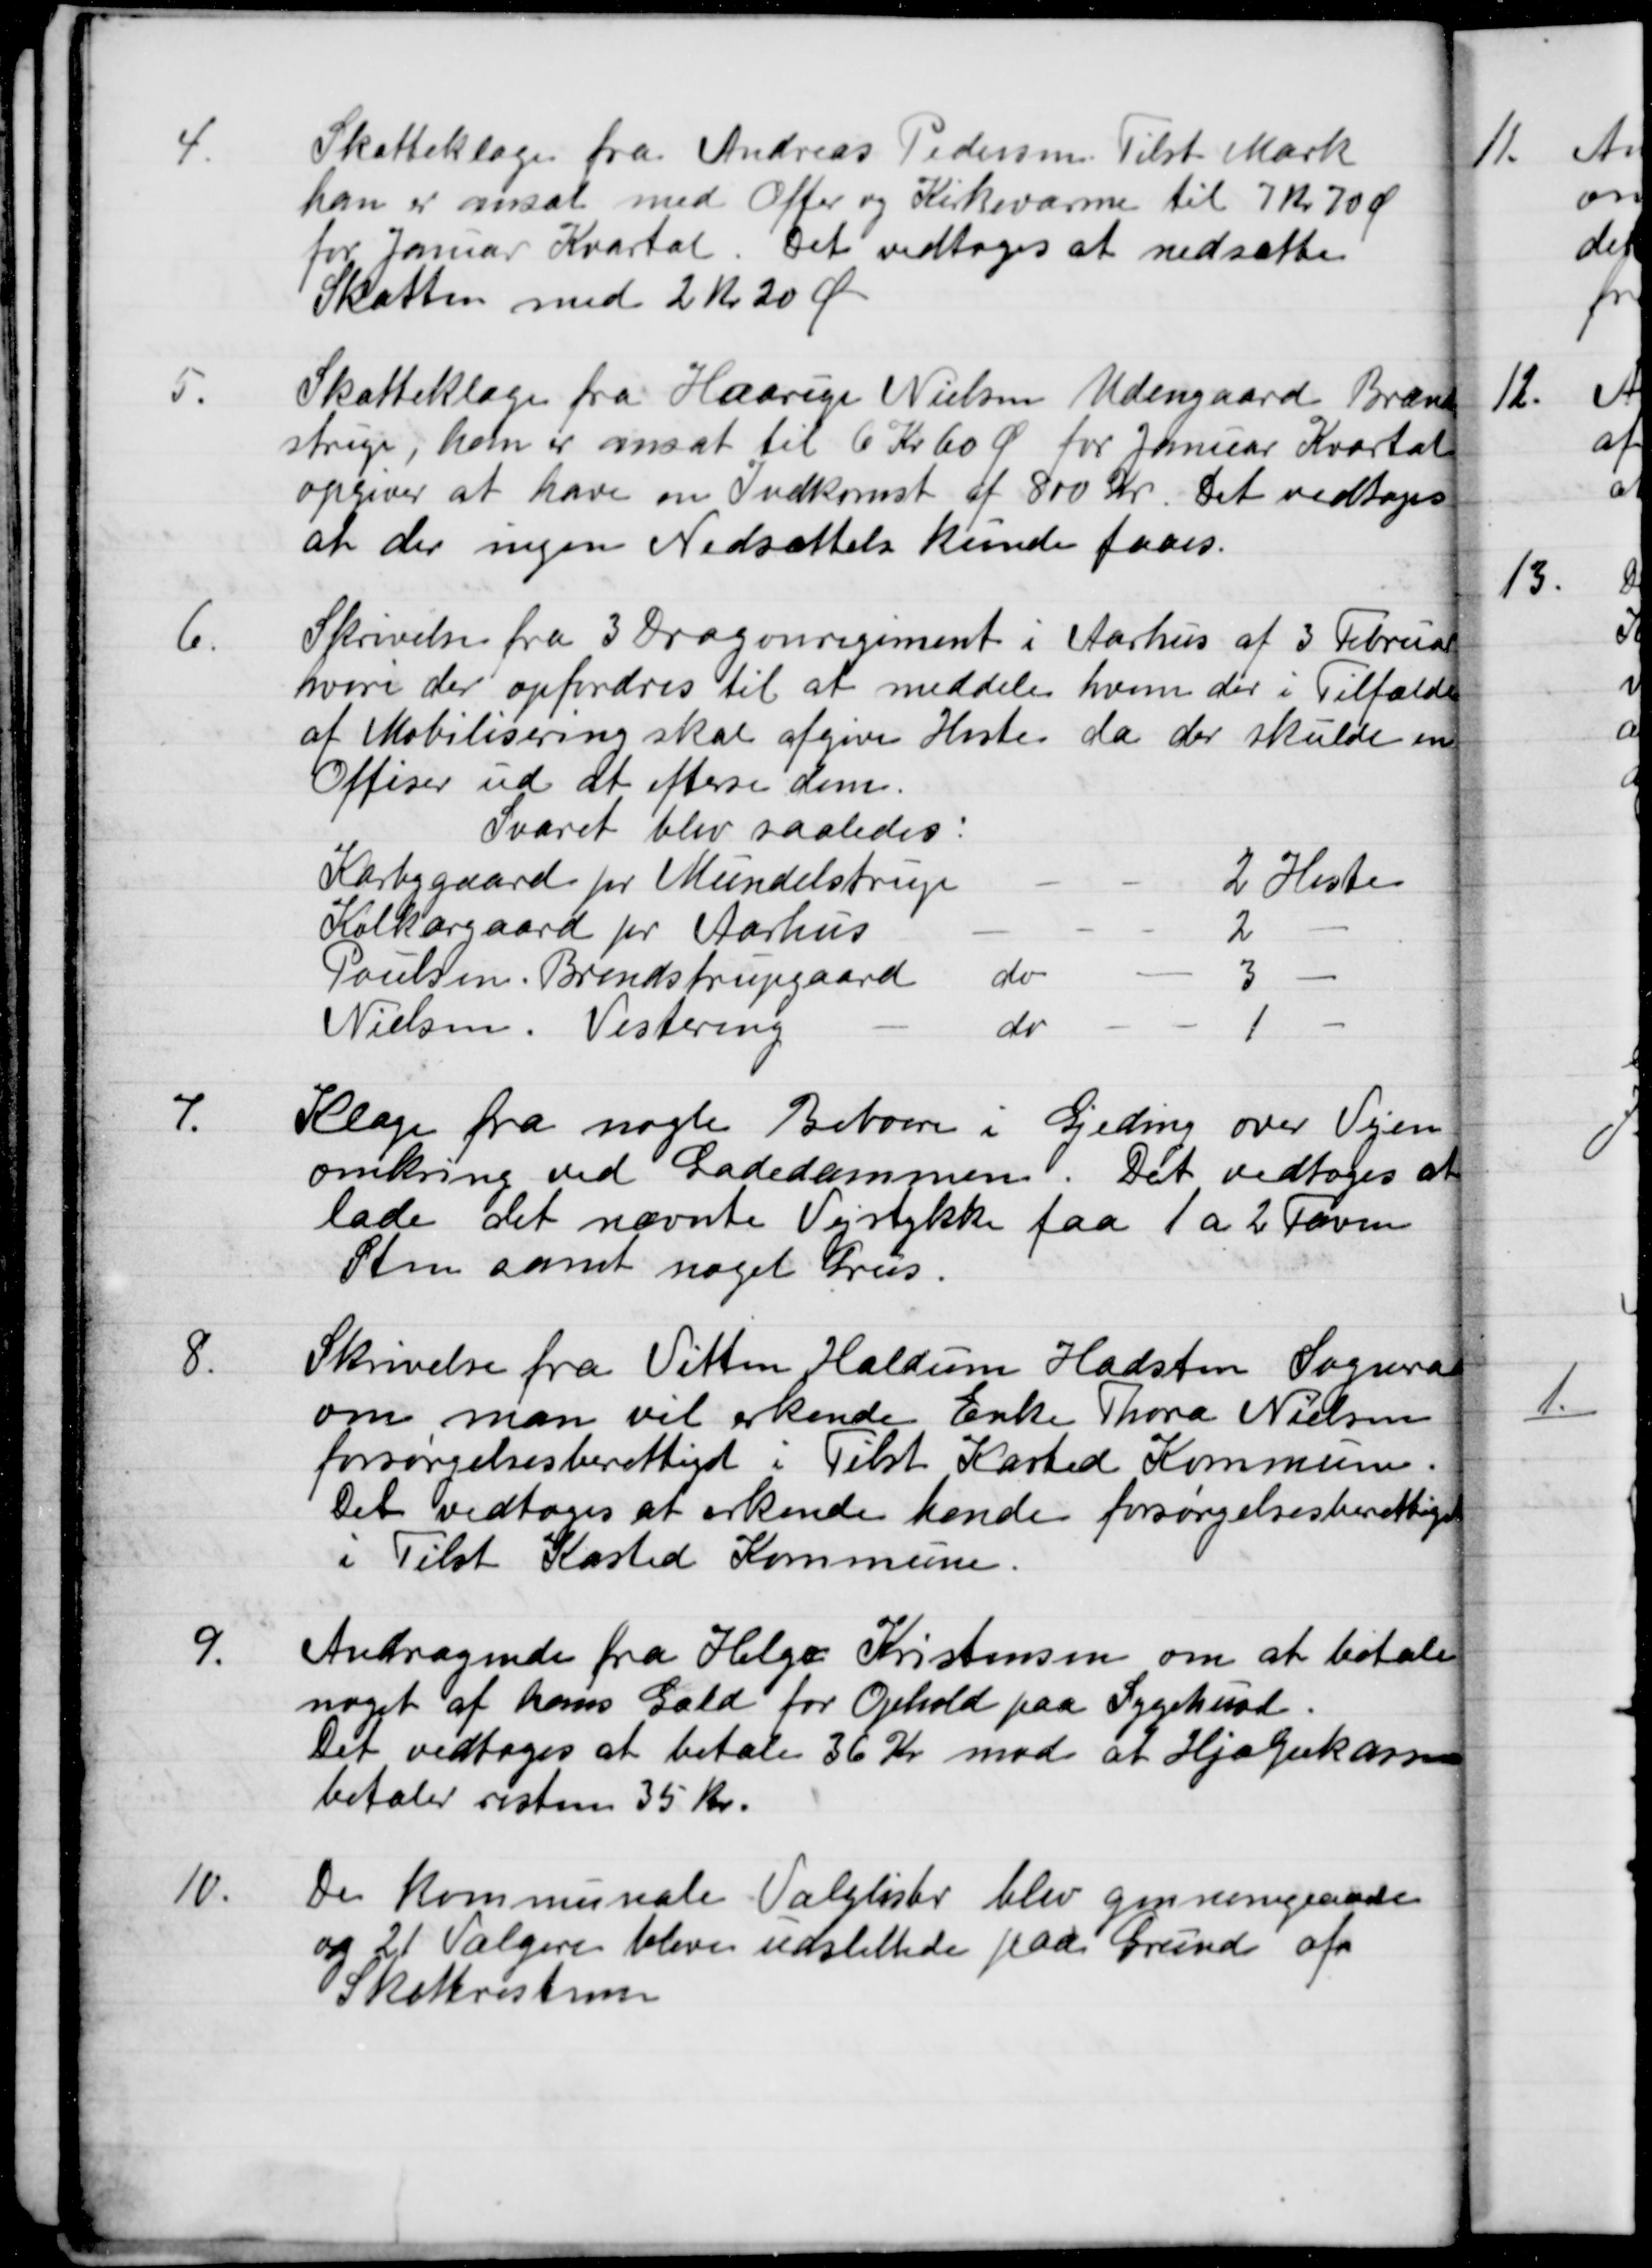
Transskription:
4.
Skatteklage fra Andreas Pedersen Tilst Mark
han er ansat med Offer og Kirkevarme til 7 kr 70 Ø
for Januar Kvartal. Det vedtoges at nedsætte
Skatten med 2 Kr 20 Ør
5.
Skatteklage fra Haarige Nielsen Udengaard Brend
strup, han er ansat til 6 Kr 60 Ø for Januar Kvartal
opgiver at have en Indkomst af 800 Kr. Det vedtoges
at der igen Nedsættelse kunde faaes.
6.
Skrivelse fra 3 Dragonregiment i Aarhus af 3 Februar
hvori der opfordres til at meddele hvem der i Tilfælde
af Mobilisering skal afgive Heste da der skulde en
Officer ud at efterse dem.
Svaret blev saaledes:
Karbygaard pr Mundelstrup
2 Heste
Kolkærgaard pr Aarhus
2
Poulsen, Brendstrupgaard
do
3
Nielsen. Vestereng
do
1
7.
Klage fra nogle Beboere i Gjeding over Vejen
omkring ved Ladedammen. Det vedtoges at
lade det nævnte Vejstykke faa 1 a 2 favne
Sten samt noget Grus.
8.
Skrivelse fra Vitten Haldum Hadsten Sogneraad
om man vil erkende Enke Thora Nielsen
forsørgelsesberettiget i Tilst Kasted Kommune.
Det vedtoges at erkende hende forsørgelsesberettiget
i Tilst Kasted Kommune.
9.
Andragende fra Helge Kristensen om at betale
noget af hans Gæld for Ophold paa Sygehuset.
Det vedtoges at betale 36 Kr mod at Hjælpekassen
betaler resten 35 kr.
10.
De kommunale Valglister blev gennemgaaede
og 21 Vælgere bleve udslettede paa Grund af
Skatterestancer